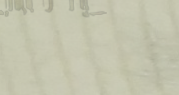
أحدث موديلات العطور متوفر